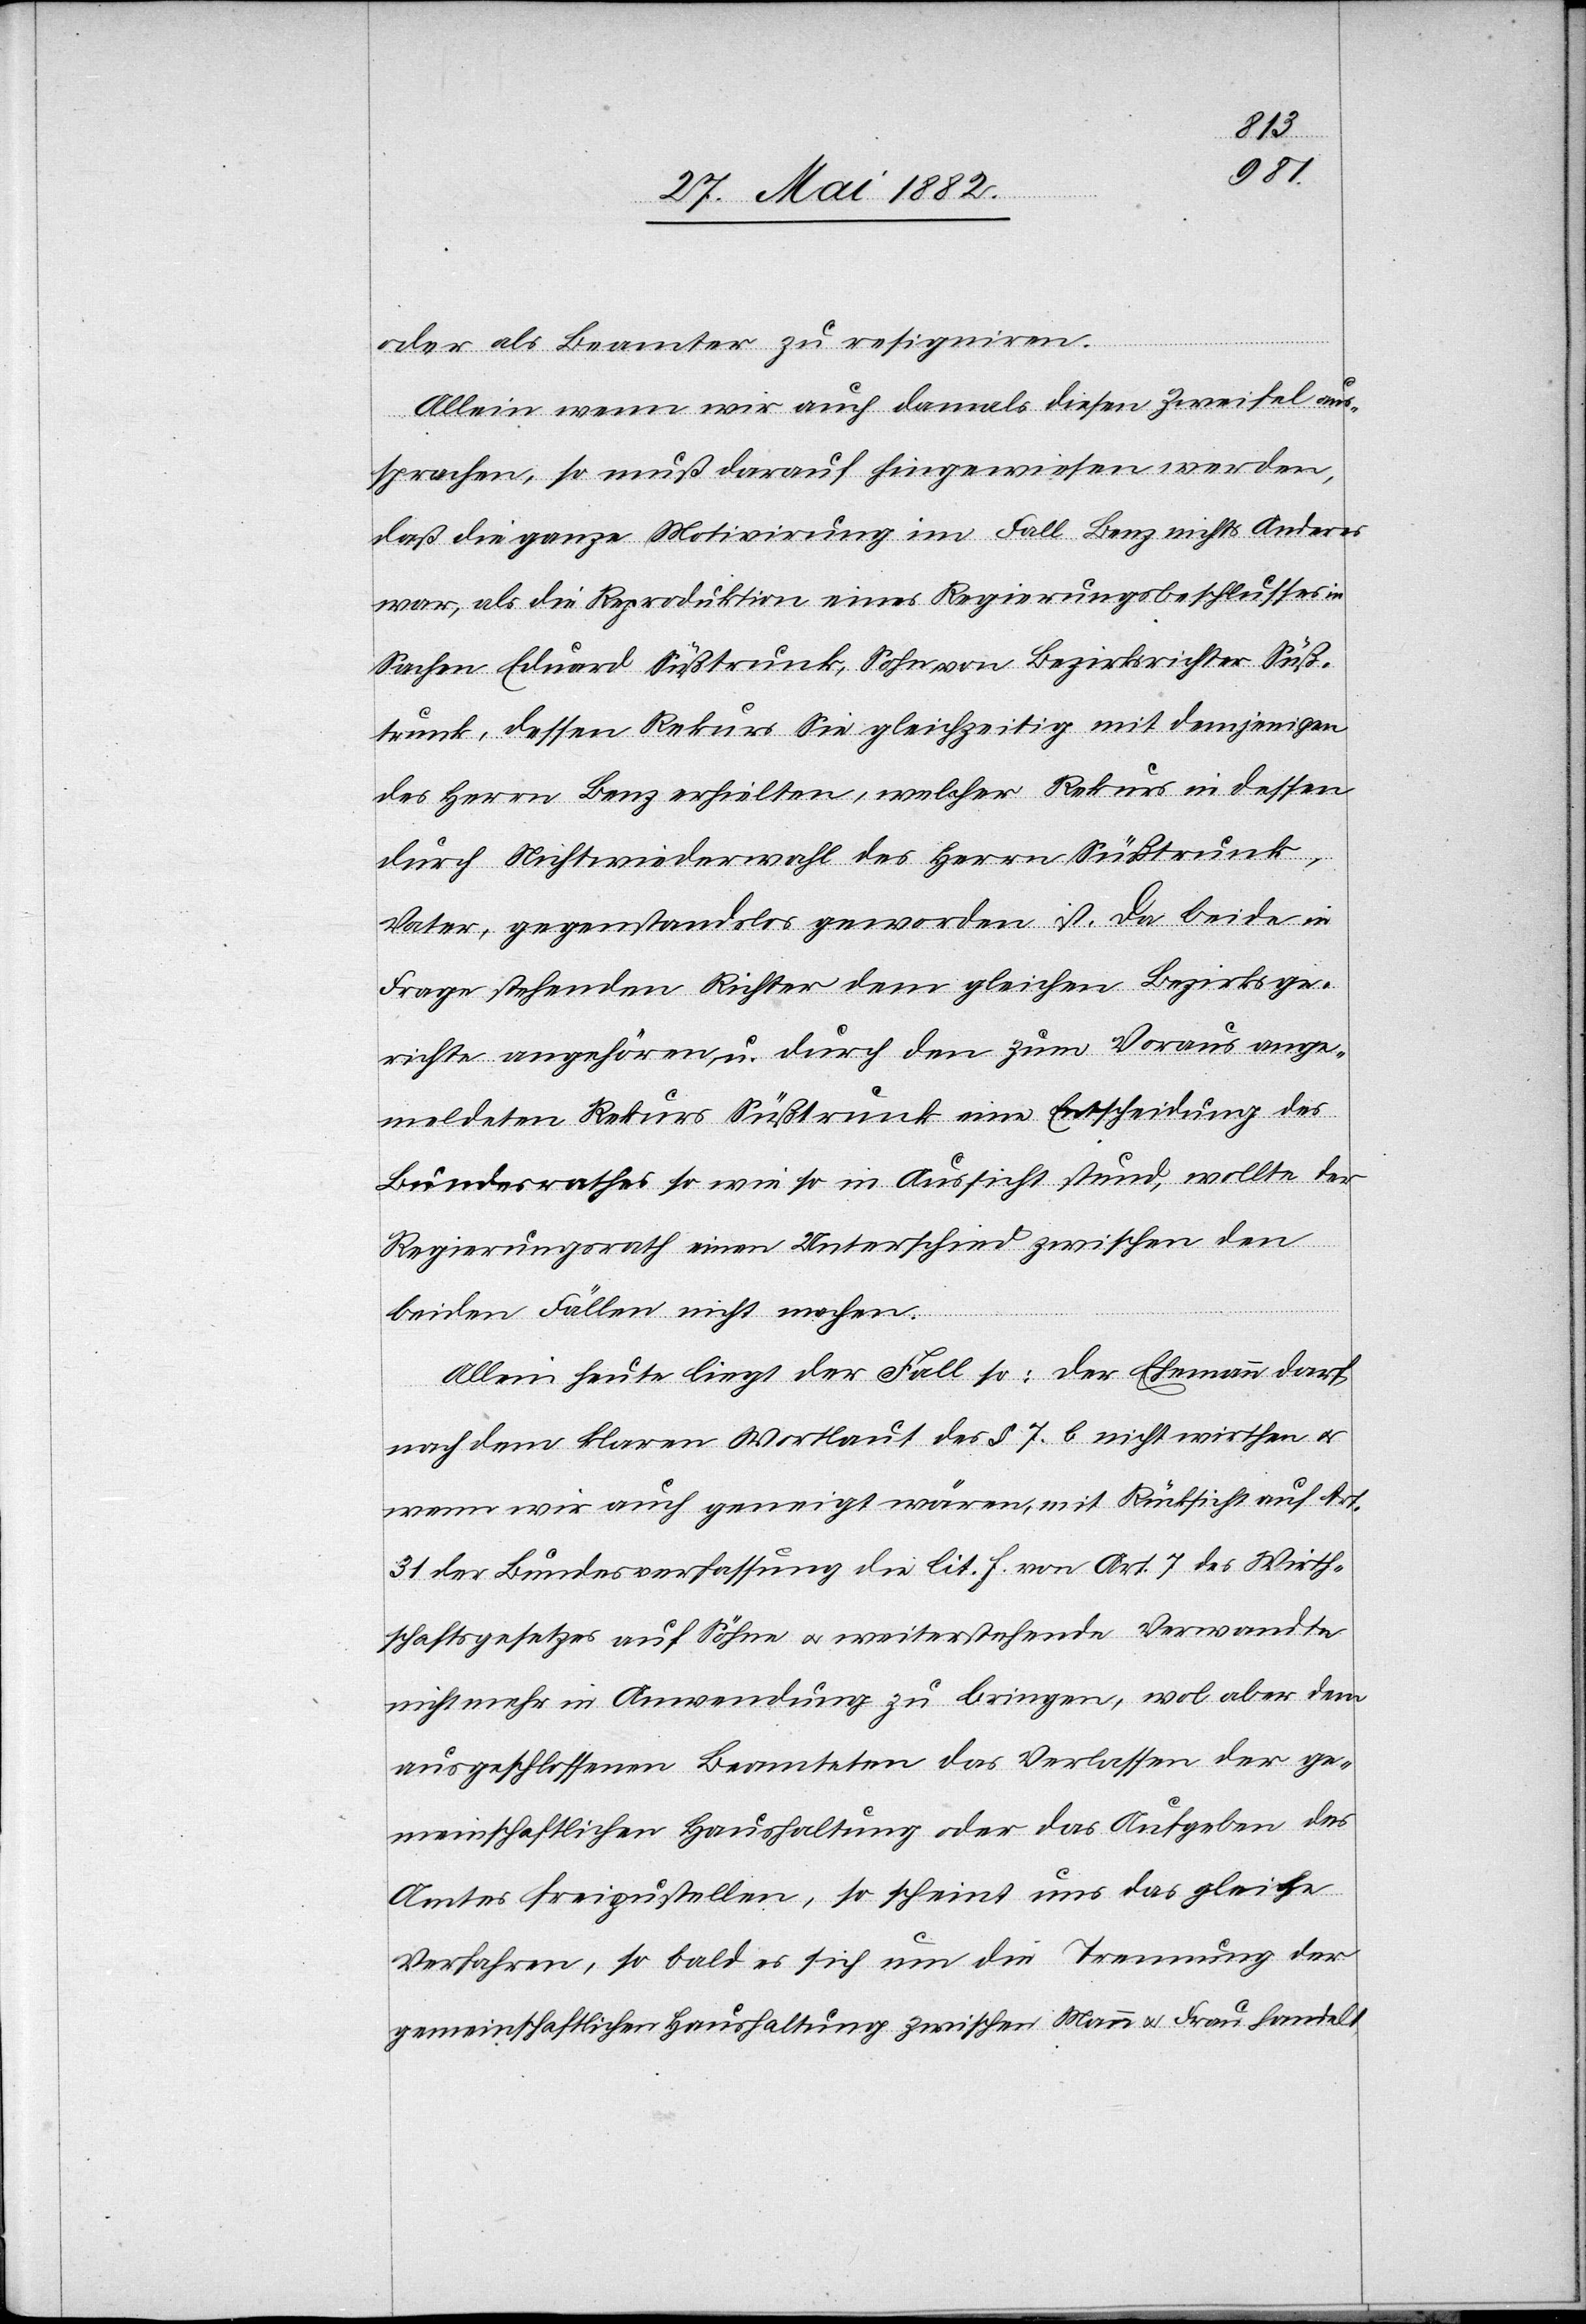
oder als Beamter zu resigniren.
Allein wenn wir auch damals diesen Zweifel aus¬
sprachen, so muß darauf hingewiesen werden,
daß die ganze Motivirung im Fall Benz nichts Anderes
war, als die Reproduktion eines Regierungsbeschlusses in
Sachen Eduard Süßtrunk, Sohn von Bezirksrichter Süß¬
trunk, dessen Rekurs Sie gleichzeitig mit demjenigen
des Herren Benz erhielten, welcher Rekurs in dessen
durch Nichtwiederwahl des Herren Süßtrunk,
Vater, gegenstandslos geworden ist. Da beide in
Frage stehenden Richter dem gleichen Bezirksge¬
richte angehören, durch den zum Voraus ange¬
meldeten Rekurs Süßtrunk eine Entscheidung des
Bundesrathes so wie so in Aussicht stund, wollte der
Regierungsrath einen Unterschied zwischen den
beiden Fällen nicht machen.
Allein heute liegt der Fall so: Der Ehemann darf
nach dem klaren Wortlaut des § 7 b nicht wirthen u.
wenn wir auch geneigt wären, mit Rücksicht auf Art.
31 der Bundesverfassung die lit. f. von Art. 7 des Wirth¬
schaftsgesetzes auf Söhne u. weiterstehende Verwandte
nicht mehr in Anwendung zu bringen, wol aber dem
ausgeschlossenen Beamten das Verlassen der ge¬
meinschaftlichen Haushaltung oder das Aufgeben des
Amtes freizustellen, so scheint uns das gleiche
Verfahren, so bald es sich um die Trennung der
gemeinschaftlichen Haushaltung zwischen Mann u. Frau handelt